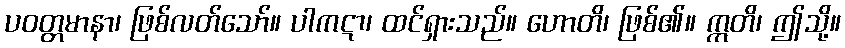
ပဝတ္တမာနာ၊ ဖြစ်လတ်သော်။ ပါကဋာ၊ ထင်ရှားသည်။ ဟောတိ၊ ဖြစ်၏။ ဣတိ၊ ဤသို့။